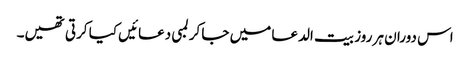
اس دوران ہر روز بیت الدعا میں جا کر لمبی دعائیں کیا کرتی تھیں۔